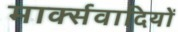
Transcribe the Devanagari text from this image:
मार्क्सवादियों